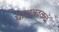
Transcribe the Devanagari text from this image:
घाटाजवळच